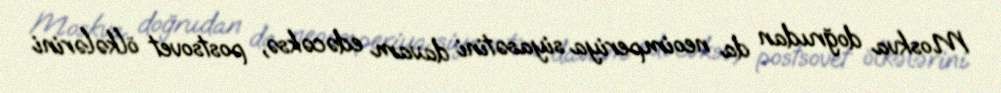
Moskva doğrudan da neoimperiya siyasətini davam edəcəksə, postsovet ölkələrini